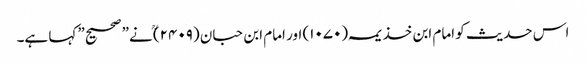
اس حدیث کو امام ابن خذیمہ (۱۰۷۰) اور امام ابن حبان (۲۴۰۹)ؒ نے” صحیح” کہا ہے۔